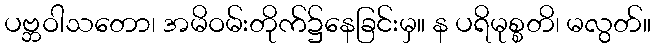
ပဗ္ဘဝါသတော၊ အမိဝမ်းတိုက်၌နေခြင်းမှ။ န ပရိမုစ္စတိ၊ မလွတ်။